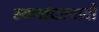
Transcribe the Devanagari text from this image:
स्वच्छंदतवादी